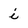
Character: i